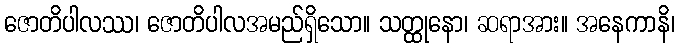
ဇောတိပါလဿ၊ ဇောတိပါလအမည်ရှိသော။ သတ္ထုနော၊ ဆရာအား။ အနေကာနိ၊